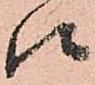
候